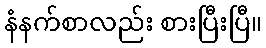
နံနက်စာလည်း စားပြီးပြီ။